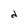
Character: d